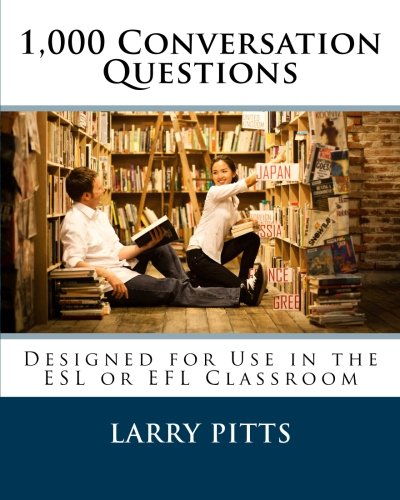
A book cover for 1,000 Conversation Questions: Designed for Use in the ESL or EFL Classroom; Larry W Pitts; Education & Teaching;